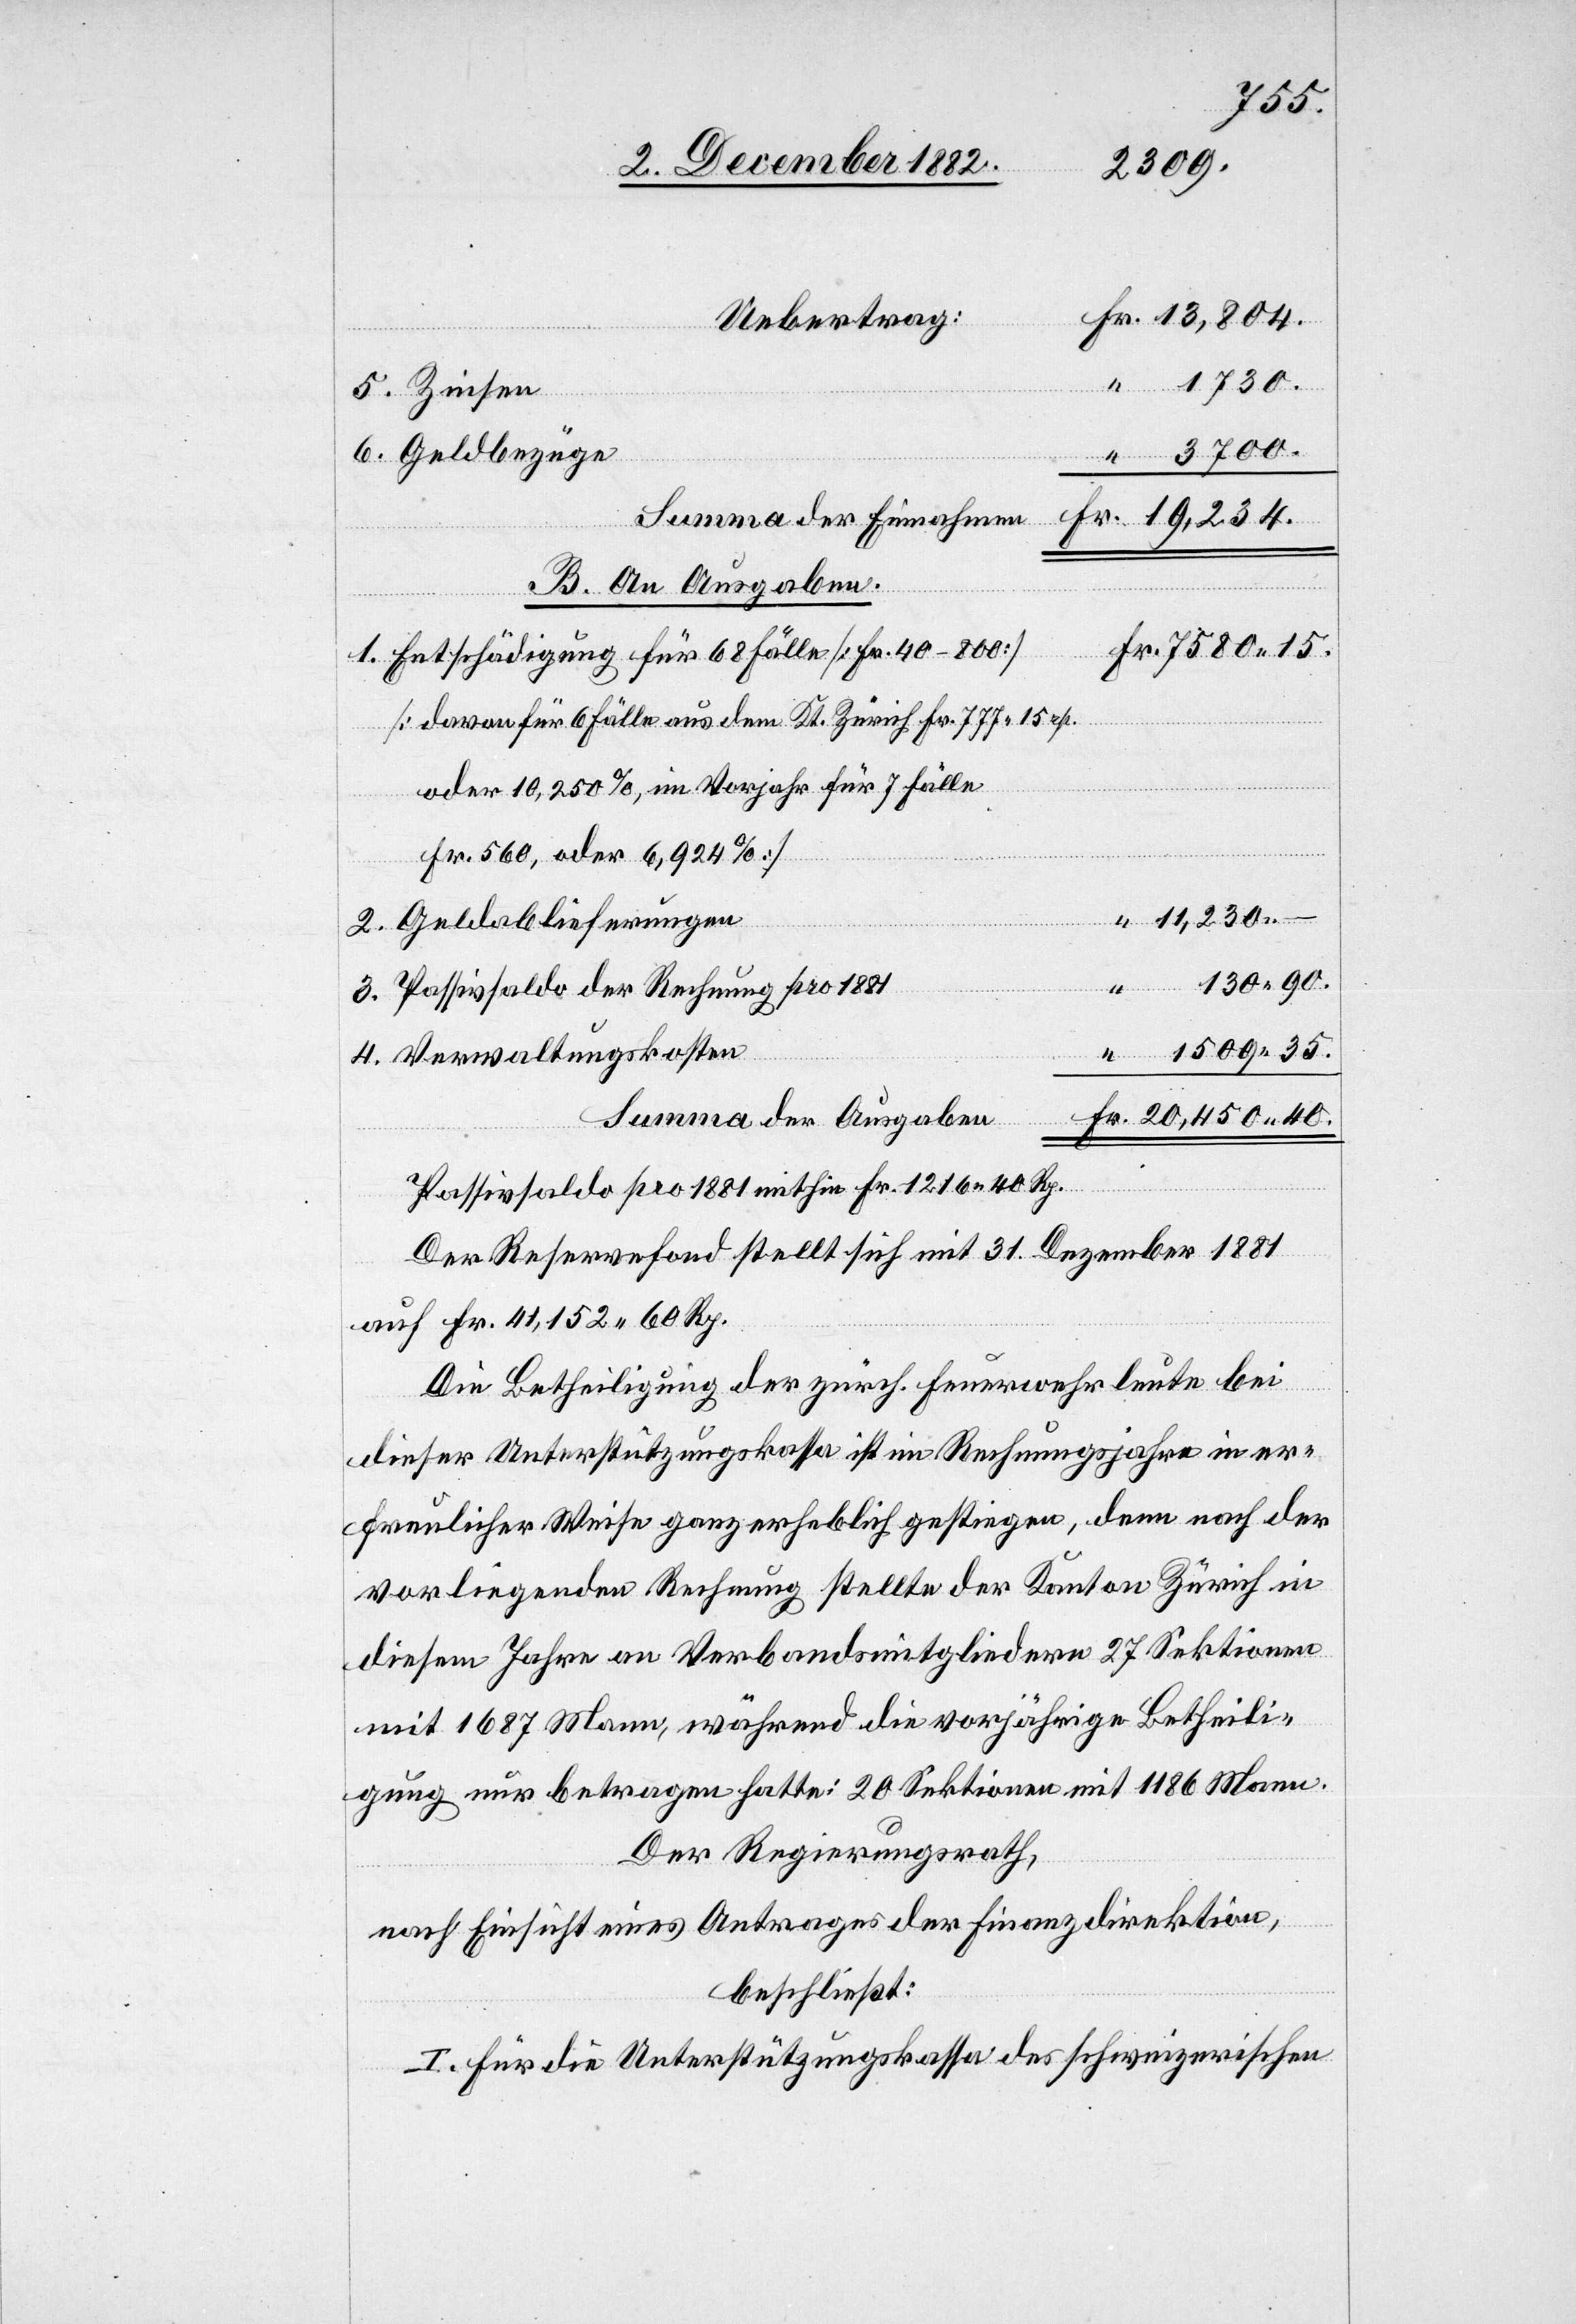
1509
130 90.
5. Zinsen
6. Geldbezüge
Summa der Einnahmen
B. An Ausgaben.
1. Entschädigung für 68 Fälle [Fr. 40–800]
[davon für 6 Fälle aus dem Kt. Zürich Fr. 777 15 rp.
oder 10,250%, im Vorjahr für 7 Fälle
Fr. 560, oder 6,924%]
40.
11,230 –
2. Geldablieferungen
3. Passivsaldo der Rechnung pro 1881
4. Verwaltungskosten
Summa der Ausgaben
Passivsaldo pro 1881 mithin Fr. 1216 40 Rp.
Der Reservefond stellt sich mit 31. Dezember 1881
auf Fr. 41,152 60 Rp.
Die Betheiligung der zürch. Feuerwehrleute bei
dieser Unterstützungskassa ist im Rechnungsjahre in er¬
freulicher Weise ganz erheblich gestiegen, denn nach der
vorliegenden Rechnung stellte der Kanton Zürich in
diesem Jahre an Verbandsmitgliedern 27 Sektionen
mit 1687 Mann, während die vorjährige Betheili¬
gung nur betragen hatte: 20 Sektionen mit 1186 Mann.
Der Regierungsrath,
nach Einsicht eines Antrages der Finanzdirektion,
beschließt:
I. Für die Unterstützungskassa des schweizerischen